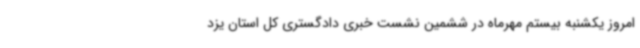
امروز یکشنبه بیستم مهرماه در ششمین نشست خبری دادگستری کل استان یزد